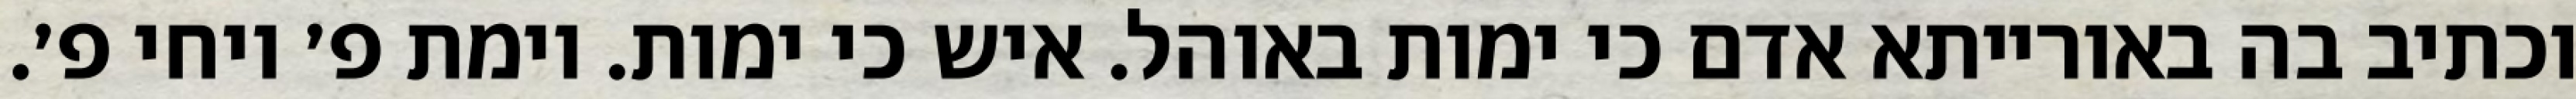
וכתיב בה באורייתא אדם כי ימות באוהל. איש כי ימות. וימת פ׳ ויחי פ׳.